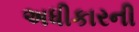
અધીકારની